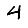
Digit: 4